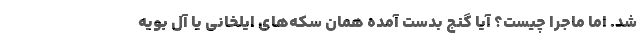
شد. اما ماجرا چیست؟ آیا گنج بدست آمده همان سکه‌های ایلخانی یا آل بویه